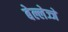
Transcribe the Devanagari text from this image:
बेल्लेज्जे